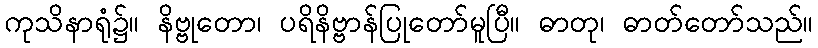
ကုသိနာရုံ၌။ နိဗ္ဗုတော၊ ပရိနိဗ္ဗာန်ပြုတော်မူပြီ။ ဓာတု၊ ဓာတ်တော်သည်။